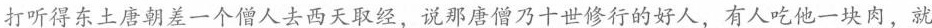
打听得东土唐朝差一个僧人去西天取经，说那唐僧乃十世修行的好人，有人吃他一块肉，就